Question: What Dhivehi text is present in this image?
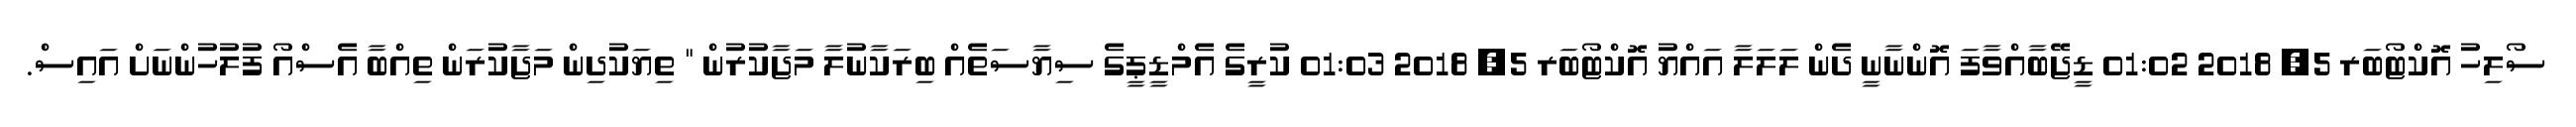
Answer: ސޯލިހު އޮކްޓޯބަރ 5, 2018 01:02 ޑީޖޭބާއްވާފަ އޮންނާނީ ދެން ލަލަލާ އައްޔު އޮކްޓޯބަރ 5, 2018 01:03 ކުރީގެ އެމްޑީޕީގެ ސިޔާސަތެއް ބިރަކާނުލާ މަޖާކުރުން " ތިޔަކުދިން މަޖާކުރަން ތިއްބާ އެސްއޯ ފުލުހުންނަށް އައިސް.